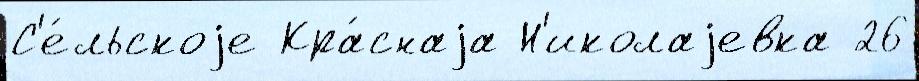
С'е́льскоjе Кра́снаjа Н'иколаjевка 26